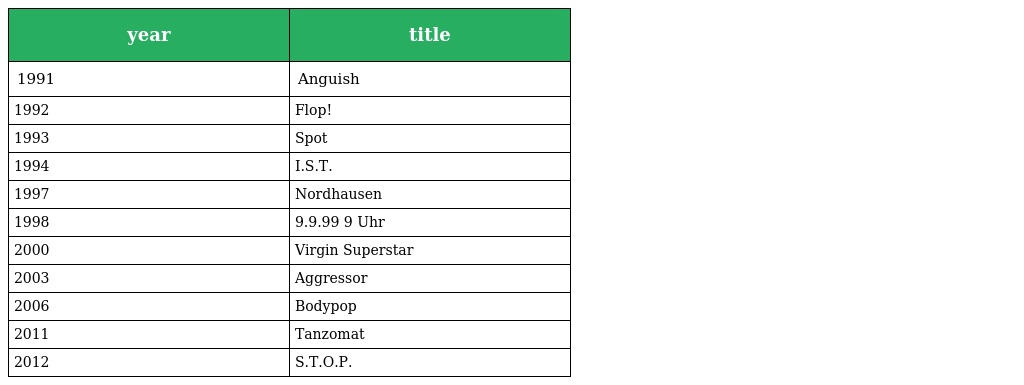
| year | title |
 | --- | --- |
 | 1991 | Anguish |
 | 1992 | Flop! |
 | 1993 | Spot |
 | 1994 | I.S.T. |
 | 1997 | Nordhausen |
 | 1998 | 9.9.99 9 Uhr |
 | 2000 | Virgin Superstar |
 | 2003 | Aggressor |
 | 2006 | Bodypop |
 | 2011 | Tanzomat |
 | 2012 | S.T.O.P. |